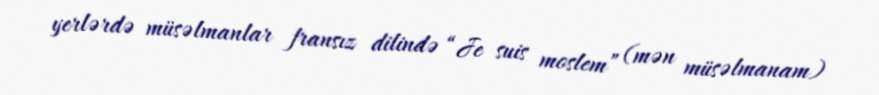
yerlərdə müsəlmanlar fransız dilində “Je suis moslem” (mən müsəlmanam)